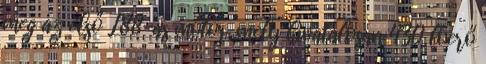
meg az első L88-as motor, mely hivatalosan 430 lóerő